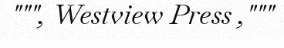
""", Westview Press ,"""